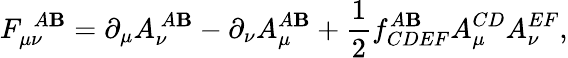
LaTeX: F_{\mu\nu}^{~~A\mathbf{B}}=\partial_{\mu}A_{\nu}^{~A\mathbf{B}}-\partial_{\nu}A_{\mu}^{A\mathbf{B}}+\frac{{1}}{{2}}f_{CDEF}^{A\mathbf{B}}A_{\mu}^{CD}A_{\nu}^{EF},